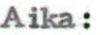
Aika: